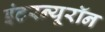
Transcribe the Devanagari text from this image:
इंटरन्यूरॉन